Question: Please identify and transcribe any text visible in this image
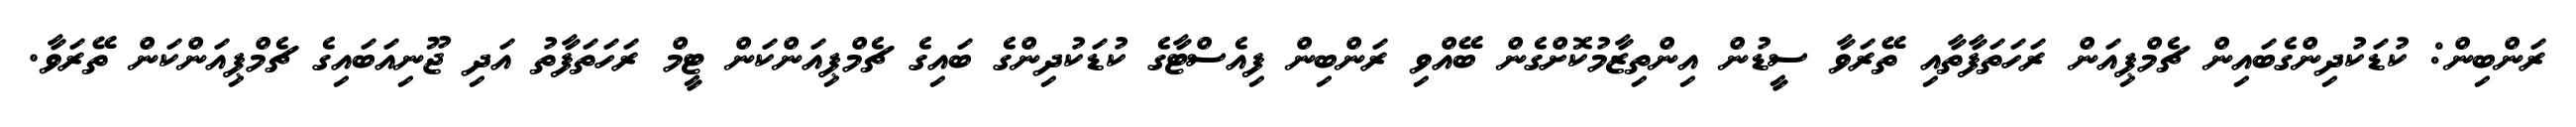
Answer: ރަންބިން: ކުޑަކުދިންގެބައިން ޗެމްޕިއަން ރަހަތަފާތާއި ތޭރަވާ ސީޑުން އިންތިޒާމުކޮށްގެން ބޭއްވި ރަންބިން ފިއެސްޓާގެ ކުޑަކުދިންގެ ބައިގެ ޗެމްޕިއަންކަން ޓީމް ރަހަތަފާތު އަދި ޖޫނިއަބައިގެ ޗެމްޕިއަންކަން ތޭރަވާ.